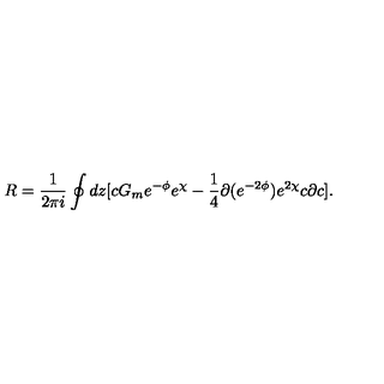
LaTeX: R = \frac { 1 } { 2 \pi i } \oint d z [ c G _ { m } e ^ { - \phi } e ^ { \chi } - \frac { 1 } { 4 } \partial ( e ^ { - 2 \phi } ) e ^ { 2 \chi } c \partial c ] .